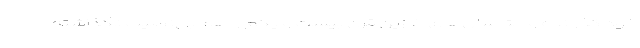
خود گذرانده و حتا سال‌های آغازین قرنِ بیست و یکم را هم بی‌نصیب نگذاشته